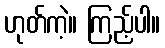
ဟုတ်ကဲ့။ ကြည့်ပါ။